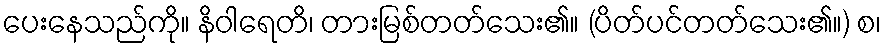
ပေးနေသည်ကို။ နိဝါရေတိ၊ တားမြစ်တတ်သေး၏။ (ပိတ်ပင်တတ်သေး၏။) စ၊